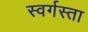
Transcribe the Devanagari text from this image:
स्वर्गस्ता